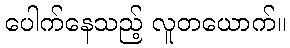
ပေါက်နေသည့် လူတယောက်။